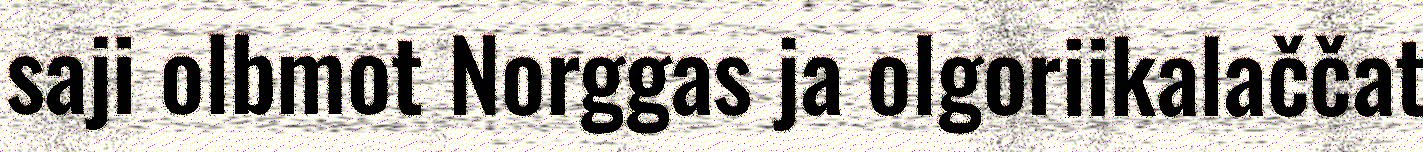
saji olbmot Norggas ja olgoriikalaččat